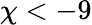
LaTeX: \chi<-9